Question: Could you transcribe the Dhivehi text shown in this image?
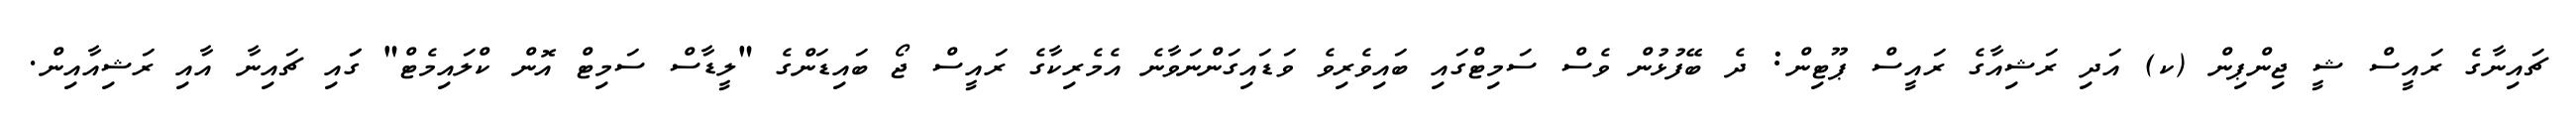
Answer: ޗައިނާގެ ރައީސް ޝީ ޖިންޕިން (ކ) އަދި ރަޝިއާގެ ރައީސް ޕޫޓިން: ދެ ބޭފުޅުން ވެސް ސަމިޓްގައި ބައިވެރިވެ ވަޑައިގަންނަވާނެ އެމެރިކާގެ ރައީސް ޖޯ ބައިޑަންގެ "ލީޑާސް ސަމިޓް އޮން ކްލައިމެޓް" ގަައި ޗައިނާ އާއި ރަޝިއާއިން.